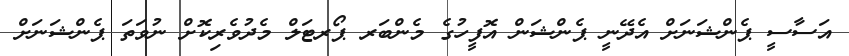
އަސާސީ ޕެންޝަނަށް އެދޭނީ ޕެންޝަން އޮފީހުގެ މެންބަރ ޕޯރޓަލް މެދުވެރިކޮށް ނުވަތަ ޕެންޝަނަށް